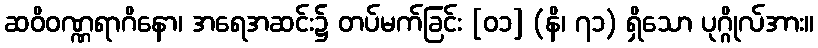
ဆဝိဝဏ္ဏရာဂိနော၊ အရေအဆင်း၌ တပ်မက်ခြင်း [၀၁] (နိ၊ ၇၁) ရှိသော ပုဂ္ဂိုလ်အား။